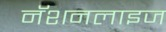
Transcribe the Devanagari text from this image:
नॅशनलाइज